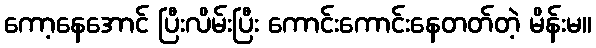
ကော့နေအောင် ပြီးလိမ်းပြီး ကောင်းကောင်းနေတတ်တဲ့ မိန်းမ။